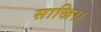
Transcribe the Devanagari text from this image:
साखि।।